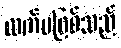
လက်မဖြစ်သည်